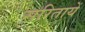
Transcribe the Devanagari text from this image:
सरितायें